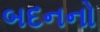
બદનનો